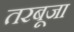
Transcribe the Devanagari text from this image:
तरबूजा